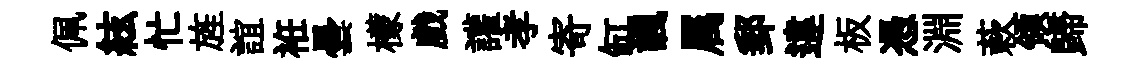
佩絃忙旌誼袵曇檬戲讙孝寄缸諷属郵違板憑淵蔌領歸